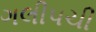
ગલીપચી